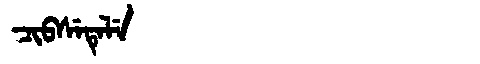
Manchu: ᠴᡳᠪᠰᡝᡨᡝᠯᡝ
Romanization: CIBSETELE